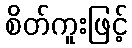
စိတ်ကူးဖြင့်